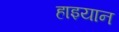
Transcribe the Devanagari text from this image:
हाइयान